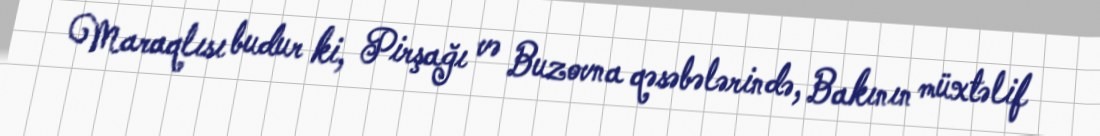
Maraqlısı budur ki, Pirşağı və Buzovna qəsəbələrində, Bakının müxtəlif